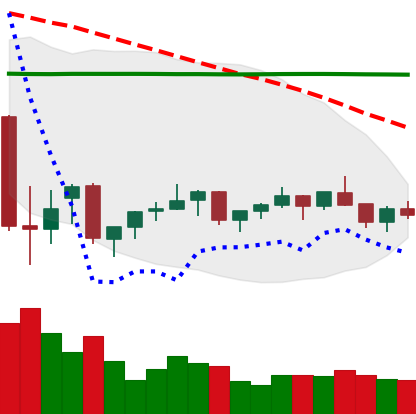
Ticker: XMR-USD
Chart end date: 2021-07-10
Forward return: -6.374%
Label: down_5_7